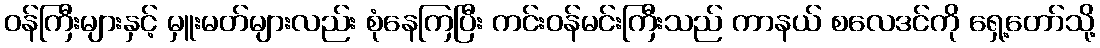
ဝန်ကြီးများနှင့် မှူးမတ်များလည်း စုံနေကြပြီး ကင်းဝန်မင်းကြီးသည် ကာနယ် စလေဒင်ကို ရှေ့တော်သို့